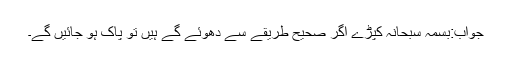
جواب:بسمہ سبحانہ کپڑے اگر صحیح طریقے سے دھوئے گے ہیں تو پاک ہو جائیں گے۔